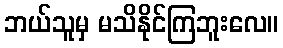
ဘယ်သူမှ မသိနိုင်ကြဘူးလေ။